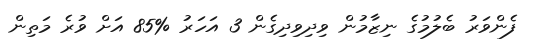
ފެންވަރު ބެލުމުގެ ނިޒާމުން ވިދިވިދިގެން 3 އަހަރު %85 އަށް ވުރެ މަތިން